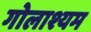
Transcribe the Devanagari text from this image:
गोलाश्यम